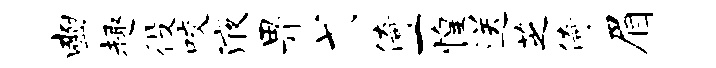
豳趣役咬液畀弋倚一惶送芝倚眉